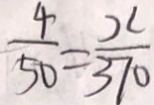
\frac { 4 } { 5 0 } = \frac { x } { 3 7 0 }